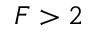
F > 2